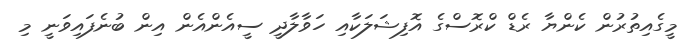
މީގެއިތުރުން ކެންޔާ ރެޑް ކްރޮސްގެ އޮފިޝަލަކާއި ހަވާލާދީ ސީއެންއެން އިން ބުނެފައިވަނީ މި